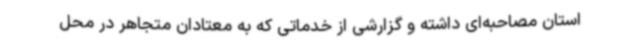
استان مصاحبه‌ای داشته و گزارشی از خدماتی که به معتادان متجاهر در محل